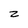
Character: z